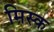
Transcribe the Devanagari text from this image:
मिस्क